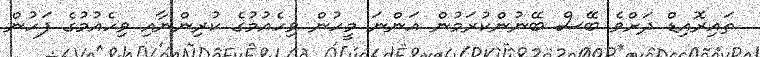
ތައިރޮއިޑް ދަށްވެ ބޭސް ބޭނުންކުރަމުން އަންނަ މީހުން ވިހެއުމުގެ ކުރިންނާއި ވިހެއުމުގެ ފަހުން